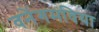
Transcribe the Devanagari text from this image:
वनेंगमविया